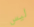
ليس